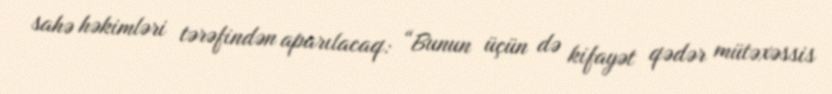
sahə həkimləri tərəfindən aparılacaq: “Bunun üçün də kifayət qədər mütəxəssis